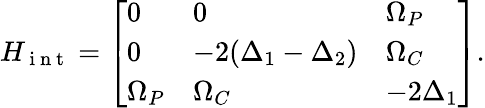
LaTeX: H_{\mathrm{~i~n~t~}}=\left[\begin{array}{lll}{0}&{0}&{\Omega_{P}}\\ {0}&{-2(\Delta_{1}-\Delta_{2})}&{\Omega_{C}}\\ {\Omega_{P}}&{\Omega_{C}}&{-2\Delta_{1}}\end{array}\right].